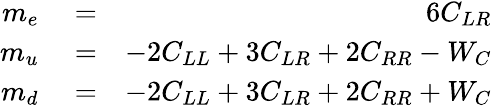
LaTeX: \begin{array}{rlr}{m_{e}}&{{}=}&{6C_{LR}}\\ {m_{u}}&{{}=}&{-2C_{LL}+3C_{LR}+2C_{RR}-W_{C}}\\ {m_{d}}&{{}=}&{-2C_{LL}+3C_{LR}+2C_{RR}+W_{C}}\end{array}